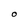
Character: O